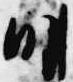
明